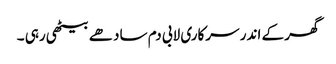
گھر کے اندر سرکاری لابی دم سادھے بیٹھی رہی ۔